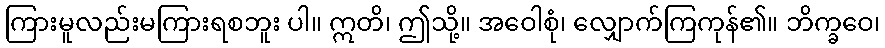
ကြားမူလည်းမကြားရစဘူး ပါ။ ဣတိ၊ ဤသို့။ အဝေါစုံ၊ လျှောက်ကြကုန်၏။ ဘိက္ခဝေ၊